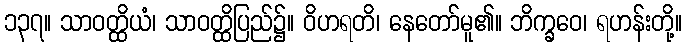
၁၃၇။ သာဝတ္ထိယံ၊ သာဝတ္ထိပြည်၌။ ဝိဟရတိ၊ နေတော်မူ၏။ ဘိက္ခဝေ၊ ရဟန်းတို့။